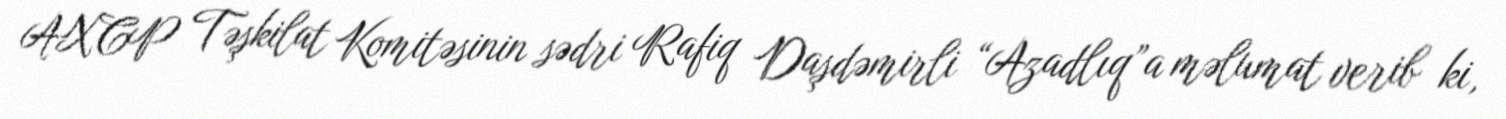
AXCP Təşkilat Komitəsinin sədri Rafiq Daşdəmirli “Azadlıq”a məlumat verib ki,